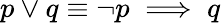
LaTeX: p\vee q\equiv\neg p\implies q